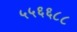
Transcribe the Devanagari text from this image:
५५६६८८